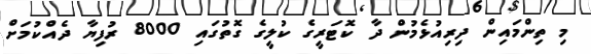
މި ތިންމައިން ދިރިއުޅެމުން ދާ ކޮޓަރީގެ ކުލީގެ ގޮތުގައި 8000 ރުފިޔާ ދެއްކުމަށް